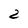
Character: 2